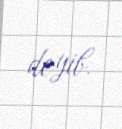
deyib.